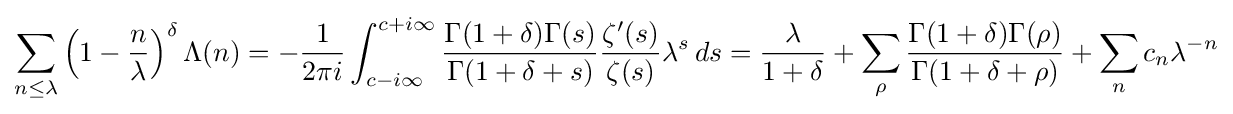
\sum _{n\leq \lambda }\left(1-{\frac {n}{\lambda }}\right)^{\delta }\Lambda (n)=-{\frac {1}{2\pi i}}\int _{c-i\infty }^{c+i\infty }{\frac {\Gamma (1+\delta )\Gamma (s)}{\Gamma (1+\delta +s)}}{\frac {\zeta ^{\prime }(s)}{\zeta (s)}}\lambda ^{s}\,ds={\frac {\lambda }{1+\delta }}+\sum _{\rho }{\frac {\Gamma (1+\delta )\Gamma (\rho )}{\Gamma (1+\delta +\rho )}}+\sum _{n}c_{n}\lambda ^{-n}